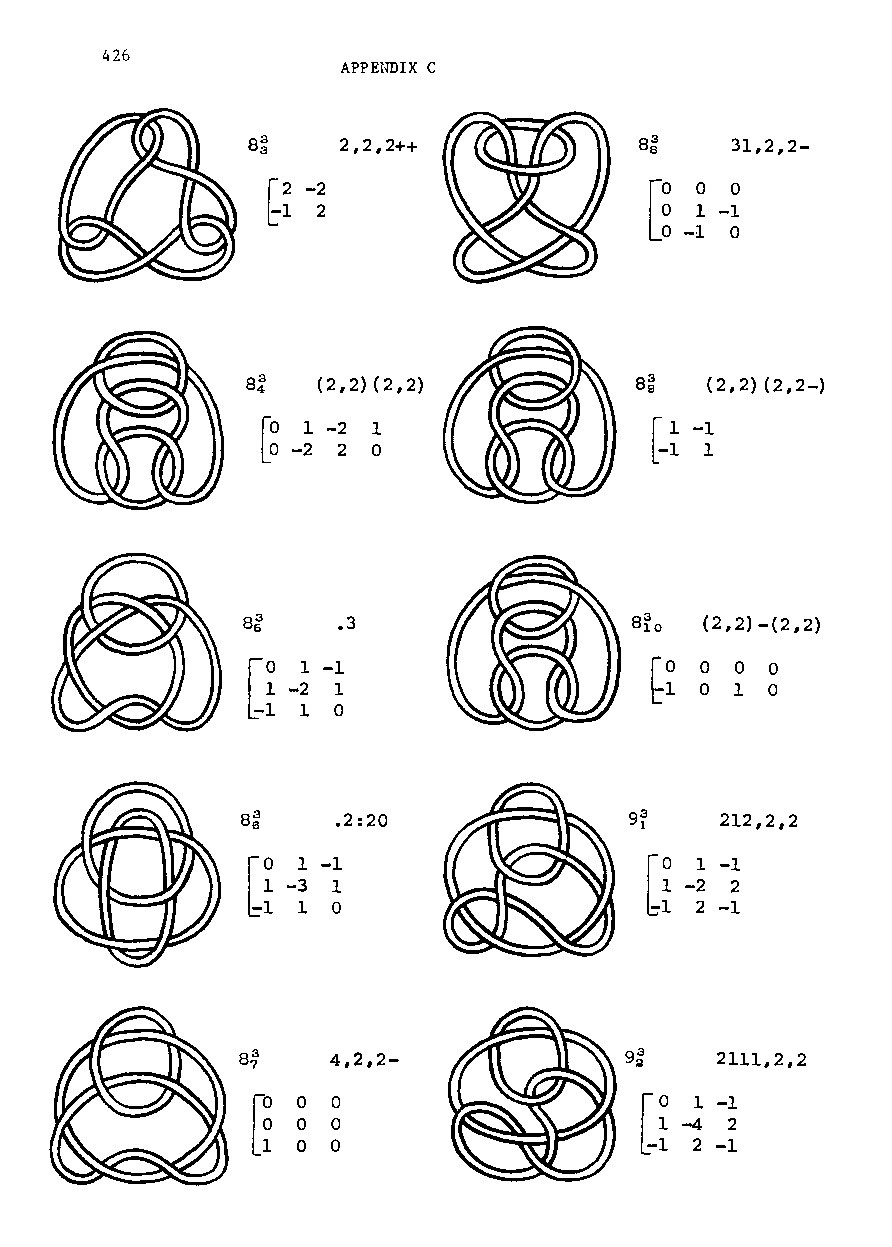
426
 APPEIIDIX C
 2,2,2++                  31,2,2-
 [o~ ~-~
 -1 0
 (2,2) (2,2)               (2,2) (2,2-)
 roo 1-2 1
 ~ -2 2  o
 .3                       (2,2) -(2,2)
 [~  1 -1
 -2 1
 1 0
 .2:20                     212,2,2
 0  1-1
 -i -~ ~
 [
 4,2,2-             9~    2111,2,2
 [~  1 -1
 -4 2
 2 -1